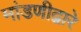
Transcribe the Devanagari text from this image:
मांडणीद्वारे